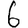
Digit: 6